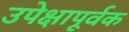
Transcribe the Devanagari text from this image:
उपेक्षापूर्वक